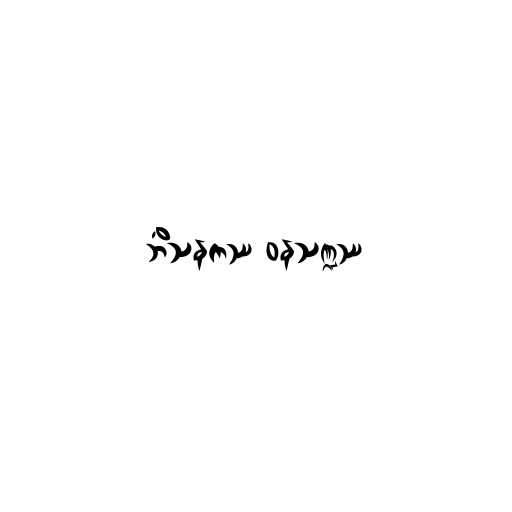
ဘိံသနကဿ ဝနသဏ္ဍဿ